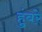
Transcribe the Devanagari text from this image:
हुंबरे